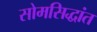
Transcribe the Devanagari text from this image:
सोमसिद्धांत